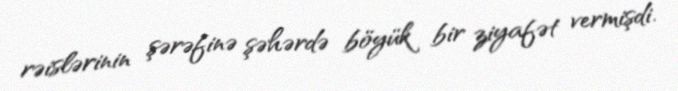
rəislərinin şərəfinə şəhərdə böyük bir ziyafət vermişdi.